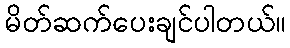
မိတ်ဆက်ပေးချင်ပါတယ်။